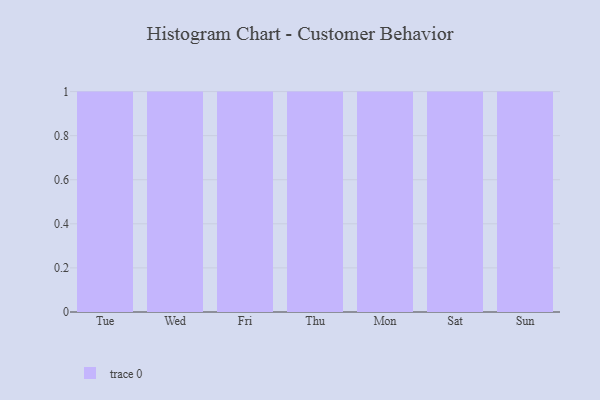
{"axis": {"x": "Day", "y": "Budget (USD K)"}, "legend": [""], "data": [{"x": "Tue", "y": 24, "type": ""}, {"x": "Wed", "y": 10, "type": ""}, {"x": "Fri", "y": 11, "type": ""}, {"x": "Thu", "y": 27, "type": ""}, {"x": "Mon", "y": 80, "type": ""}, {"x": "Sat", "y": 55, "type": ""}, {"x": "Sun", "y": 64, "type": ""}]}